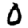
Digit: 0